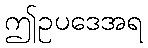
ဤဥပဒေအရ